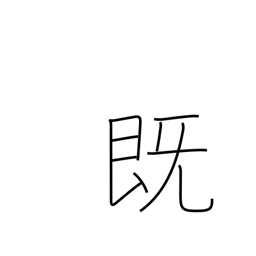
Meaning: previously